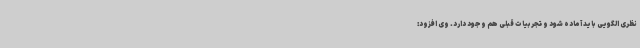
نظری الگویی باید آماده شود و تجربیات قبلی هم وجود دارد. وی افزود: